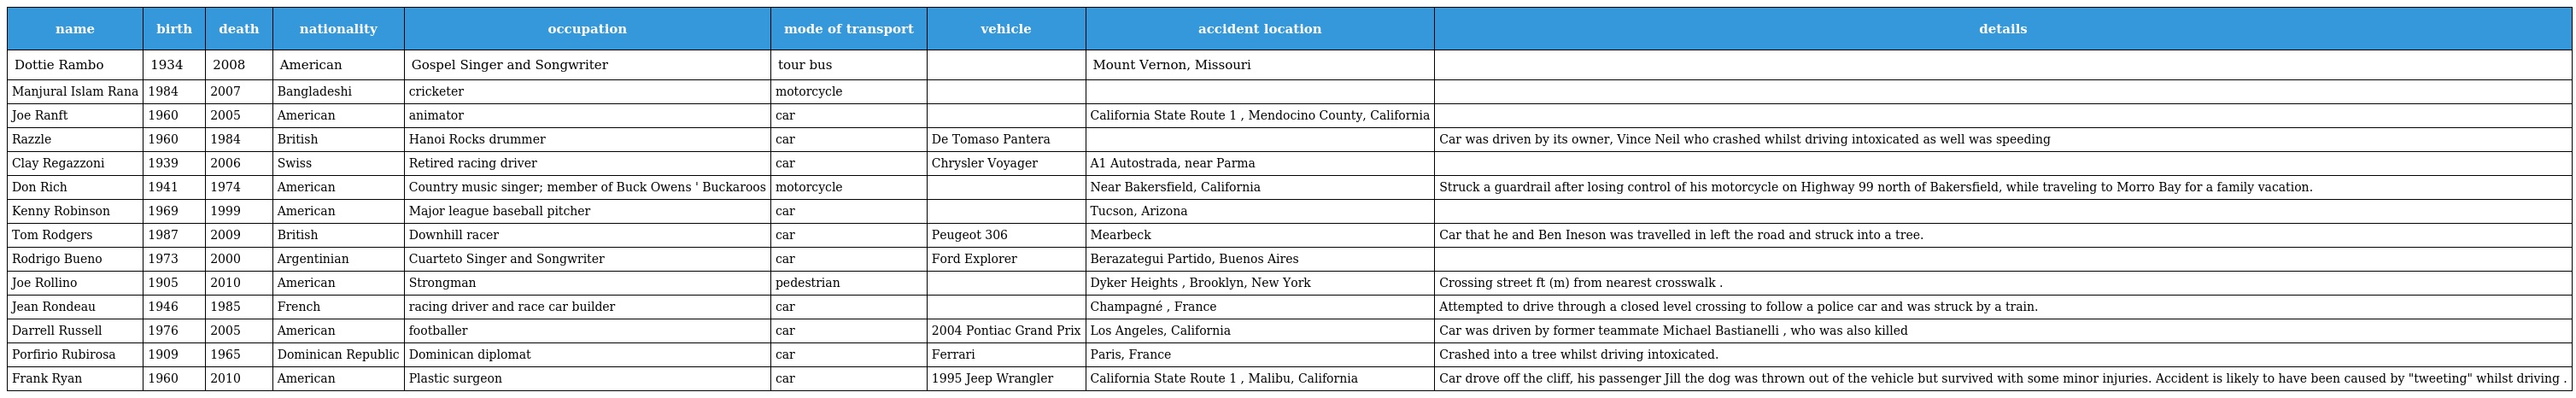
| name | birth | death | nationality | occupation | mode of transport | vehicle | accident location | details |
 | --- | --- | --- | --- | --- | --- | --- | --- | --- |
 | Dottie Rambo | 1934 | 2008 | American | Gospel Singer and Songwriter | tour bus |  | Mount Vernon, Missouri |  |
 | Manjural Islam Rana | 1984 | 2007 | Bangladeshi | cricketer | motorcycle |  |  |  |
 | Joe Ranft | 1960 | 2005 | American | animator | car |  | California State Route 1 , Mendocino County, California |  |
 | Razzle | 1960 | 1984 | British | Hanoi Rocks drummer | car | De Tomaso Pantera |  | Car was driven by its owner, Vince Neil who crashed whilst driving intoxicated as well was speeding |
 | Clay Regazzoni | 1939 | 2006 | Swiss | Retired racing driver | car | Chrysler Voyager | A1 Autostrada, near Parma |  |
 | Don Rich | 1941 | 1974 | American | Country music singer; member of Buck Owens ' Buckaroos | motorcycle |  | Near Bakersfield, California | Struck a guardrail after losing control of his motorcycle on Highway 99 north of Bakersfield, while traveling to Morro Bay for a family vacation. |
 | Kenny Robinson | 1969 | 1999 | American | Major league baseball pitcher | car |  | Tucson, Arizona |  |
 | Tom Rodgers | 1987 | 2009 | British | Downhill racer | car | Peugeot 306 | Mearbeck | Car that he and Ben Ineson was travelled in left the road and struck into a tree. |
 | Rodrigo Bueno | 1973 | 2000 | Argentinian | Cuarteto Singer and Songwriter | car | Ford Explorer | Berazategui Partido, Buenos Aires |  |
 | Joe Rollino | 1905 | 2010 | American | Strongman | pedestrian |  | Dyker Heights , Brooklyn, New York | Crossing street ft (m) from nearest crosswalk . |
 | Jean Rondeau | 1946 | 1985 | French | racing driver and race car builder | car |  | Champagné , France | Attempted to drive through a closed level crossing to follow a police car and was struck by a train. |
 | Darrell Russell | 1976 | 2005 | American | footballer | car | 2004 Pontiac Grand Prix | Los Angeles, California | Car was driven by former teammate Michael Bastianelli , who was also killed |
 | Porfirio Rubirosa | 1909 | 1965 | Dominican Republic | Dominican diplomat | car | Ferrari | Paris, France | Crashed into a tree whilst driving intoxicated. |
 | Frank Ryan | 1960 | 2010 | American | Plastic surgeon | car | 1995 Jeep Wrangler | California State Route 1 , Malibu, California | Car drove off the cliff, his passenger Jill the dog was thrown out of the vehicle but survived with some minor injuries. Accident is likely to have been caused by "tweeting" whilst driving . |